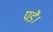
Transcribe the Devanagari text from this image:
पडें।